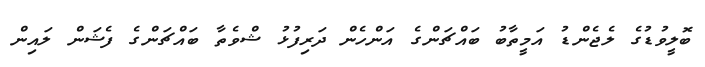
ބޮލީވުޑުގެ ލެޖެންޑު އަމީތާބު ބައްޗަންގެ އަންހެން ދަރިފުޅު ޝްވެތާ ބައްޗަންގެ ފެޝަން ލައިން